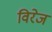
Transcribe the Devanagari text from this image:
विरेज